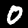
Digit: 0